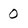
Character: 0